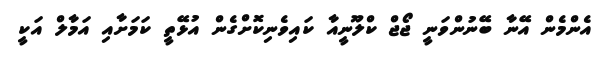
އެންމެން އޭނާ ބޭނުންވަނީ ޖޯޖް ކްލޫނީއާ ކައިވެނިކޮށްގެން އުޅޭތީ ކަމަށާއި އަމާލް އަކީ